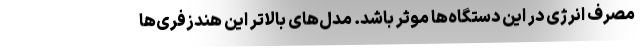
مصرف انرژی در این دستگاه‌ها موثر باشد. مدل‌های بالاتر این هندزفری‌ها